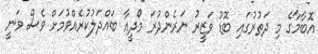
އޮބާމާގެ މި ދަތުރުގައި ބޮޑު ވަޒީރު ނަރެންދުރަ މޯދީއާ ބައްދަލުކުރެއްވުމަށް ވެސް ވަނީ